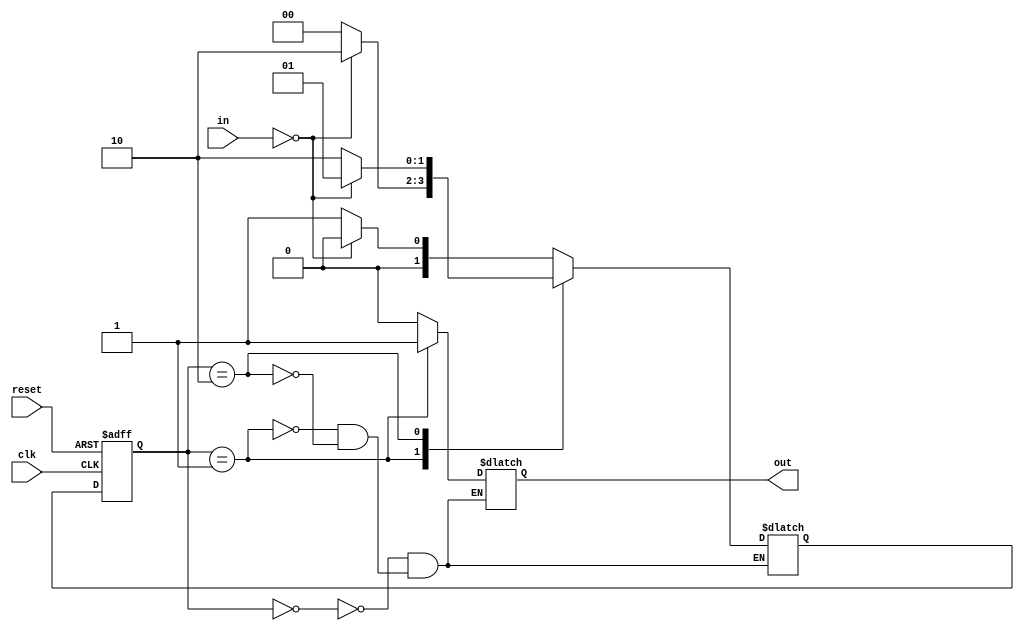
module moore_state_machine(
  input clk,
  input reset,
  input [1:0] in,
  output reg out
);

// State definitions
parameter S0 = 2'b00;
parameter S1 = 2'b01;
parameter S2 = 2'b10;

// State register
reg [1:0] state_reg;
always @(posedge clk or posedge reset) begin
  if (reset) begin
    state_reg <= S0;
  end else begin
    state_reg <= next_state;
  end
end

// State transition logic
reg [1:0] next_state;
always @(state_reg, in) begin
  case(state_reg)
    S0: begin
      if (in == 2'b00)
        next_state = S0;
      else
        next_state = S1;
    end
    S1: begin
      if (in == 2'b00)
        next_state = S2;
      else
        next_state = S0;
    end
    S2: begin
      if (in == 2'b00)
        next_state = S1;
      else
        next_state = S2;
    end
  endcase
end

// Output logic
always @(state_reg) begin
  case(state_reg)
    S0: out = 1'b0;
    S1: out = 1'b1;
    S2: out = 1'b0;
  endcase
end

endmodule